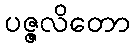
ပဇ္ဇလိတော